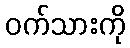
ဝက်သားကို